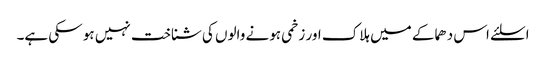
اسلئے اس دھماکے میں ہلاک اور زخمی ہونے والوں کی شناخت نہیں ہو سکی ہے۔